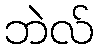
ဘဲလ်